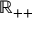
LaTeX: \mathbb { R } _ { + + }